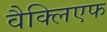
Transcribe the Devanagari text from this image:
वैक्लिएफ